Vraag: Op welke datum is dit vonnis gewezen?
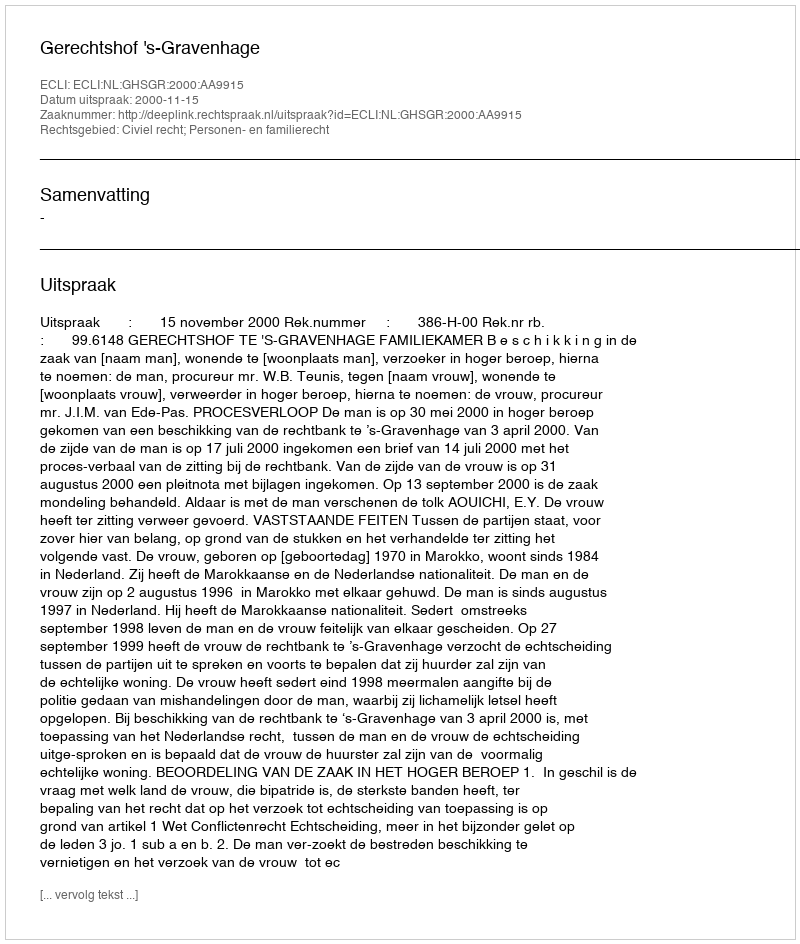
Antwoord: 2000-11-15